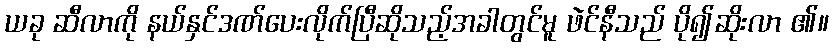
ယခု ဆီလာကို နယ်နှင်ဒဏ်ပေးလိုက်ပြီဆိုသည့်အခါတွင်မူ ဖဲင်နီသည် ပို၍ဆိုးလာ ၏။